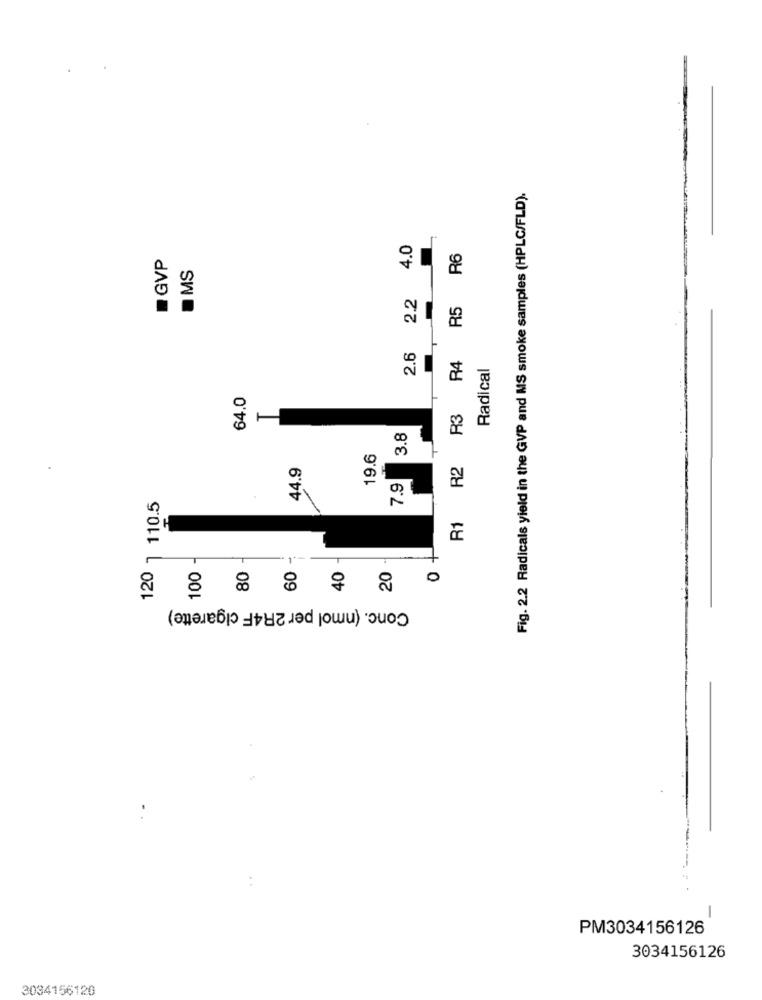
Fig. 2.2 Radicals yield in the GVP and MS smoke samples (HPLC/FLD).
4.0
GVP
R5 R6
OMS
2.2
2.6
R4
Radical
64.0
R3
3.8
19.6
44.9
R1 R2
7.9
120 1 110.5
100
80
60
40
20
0
0
Conc. (nmol per 2R4F cigarette)
PM3034156126
3034156126
3034156120